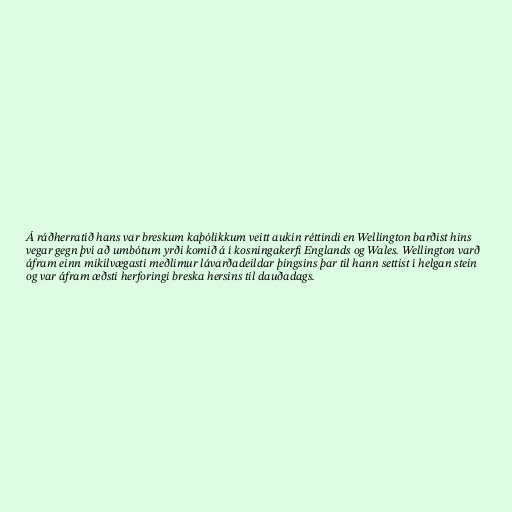
Á ráðherratíð hans var breskum kaþólikkum veitt aukin réttindi en Wellington barðist hins
vegar gegn því að umbótum yrði komið á í kosningakerfi Englands og Wales. Wellington varð
áfram einn mikilvægasti meðlimur lávarðadeildar þingsins þar til hann settist í helgan stein
og var áfram æðsti herforingi breska hersins til dauðadags.